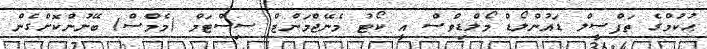
ޙުކުމްގެ ތަފްސީލް ޑައުންލޯޑް މޯލްޑިވްސް އީ ކޯޓު މެނޭޖްމަންޓް ސިސްޓަމް (މެމްސް) ބޭނުންކޮށްގެން